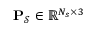
\mathbf { P } _ { \mathcal { S } } \in \mathbb { R } ^ { N _ { s } \times 3 }